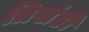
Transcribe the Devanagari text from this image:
त्रिखंडी